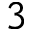
3